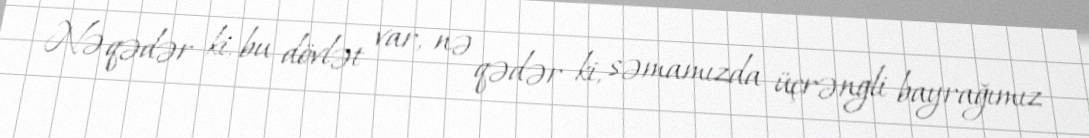
Nə qədər ki, bu dövlət var, nə qədər ki, səmamızda üçrəngli bayrağımız